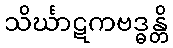
သိင်္ဃာဋကဗဒ္ဓန္တိ